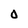
Character: 0